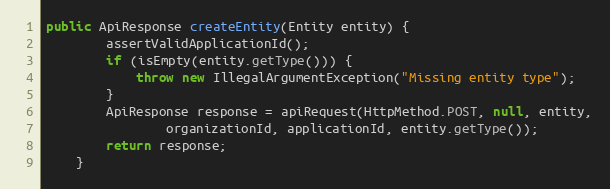
Language: Java
public ApiResponse createEntity(Entity entity) {
        assertValidApplicationId();
        if (isEmpty(entity.getType())) {
            throw new IllegalArgumentException("Missing entity type");
        }
        ApiResponse response = apiRequest(HttpMethod.POST, null, entity,
                organizationId, applicationId, entity.getType());
        return response;
    }